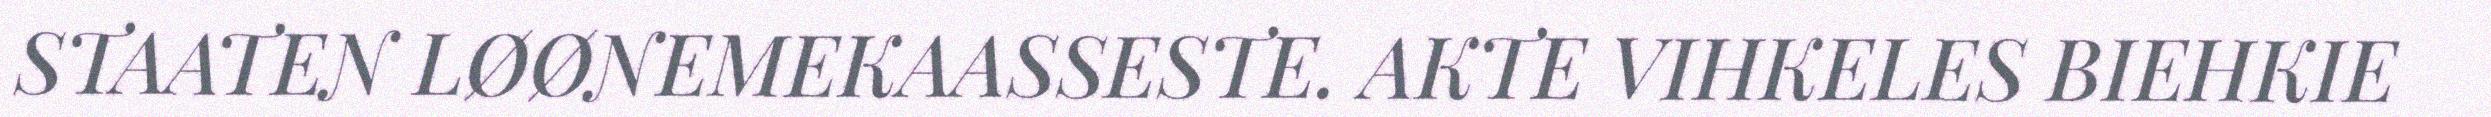
STAATEN LØØNEMEKAASSESTE. AKTE VIHKELES BIEHKIE